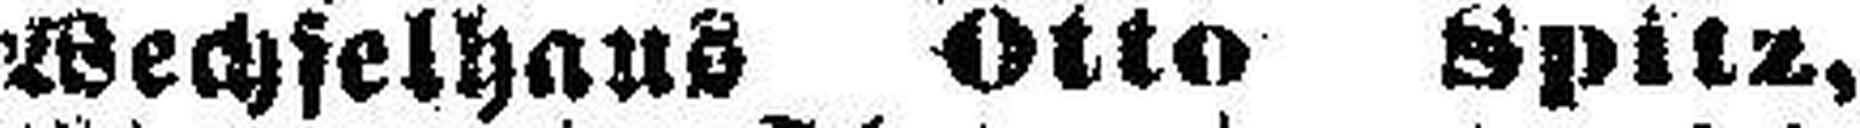
Wechselhaus Otto Spitz,